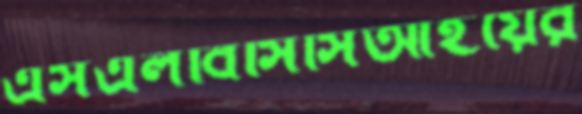
এসএলবিসিসিআইয়ের